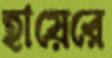
হায়েরে